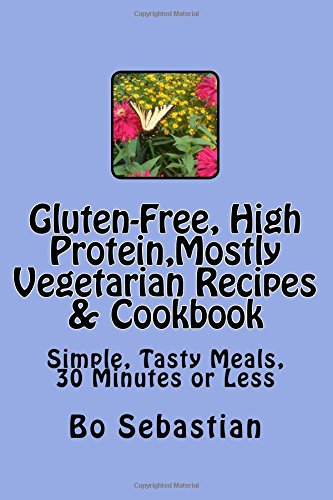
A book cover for Gluten-Free, High Protein, Mostly Vegetarian Recipes & Cookbook: Simple, Tasty Meals, 30 Minutes or Less; Bo Sebastian; Cookbooks, Food & Wine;